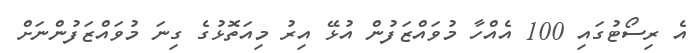
އެ ރިސޯޓުގައި 100 އެއްހާ މުވައްޒަފުން އުޅޭ އިރު މިއަތޮޅުގެ ގިނަ މުވައްޒަފުންނަށް